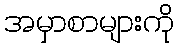
အမှာစာများကို